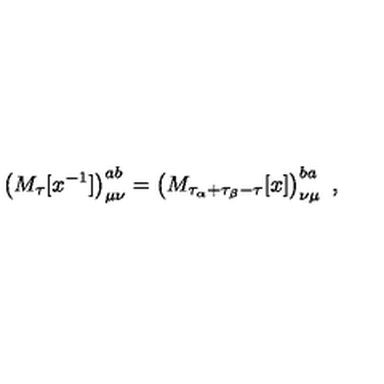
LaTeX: \left( M _ { \tau } [ x ^ { - 1 } ] \right) _ { \mu \nu } ^ { a b } = \left( M _ { \tau _ { \alpha } + \tau _ { \beta } - \tau } [ x ] \right) _ { \nu \mu } ^ { b a } \ ,